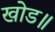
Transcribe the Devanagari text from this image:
खोड॥